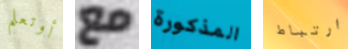
أوتعلم مع المذكورة ارتباط